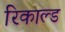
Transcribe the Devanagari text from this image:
रिकाल्ड